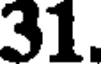
31.